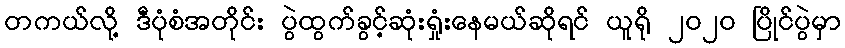
တကယ်လို့ ဒီပုံစံအတိုင်း ပွဲထွက်ခွင့်ဆုံးရှုံးနေမယ်ဆိုရင် ယူရို ၂၀၂၀ ပြိုင်ပွဲမှာ